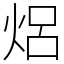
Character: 焒